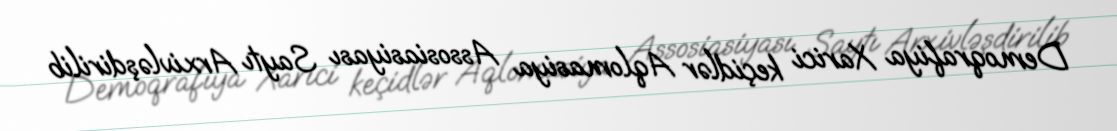
Demoqrafiya Xarici keçidlər Aqlomasiya Assosiasiyası Saytı Arxivləşdirilib